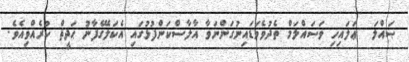
ޞައްލަ  ޢަލައިހި ވަސައްލަމް ތެދުވެވަޑައިނުގަންނަވާ އާލާސްކަންފުޅުގައި އެކަލޭގެފާނު ޙަދީޘް ކުރެއްވިއެވެ.